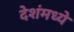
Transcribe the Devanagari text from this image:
देशंमध्ये